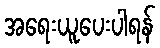
အရေးယူပေးပါရန်